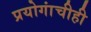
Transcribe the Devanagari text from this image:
प्रयोगांचीही